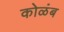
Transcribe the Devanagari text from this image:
कोळंब